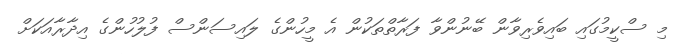
މި ސްކީމުގައި ބައިވެރިވާން ބޭނުންވާ ފަރާތްތަކުން އެ މީހުންގެ ލައިސަންސް ފުލުހުންގެ އިދާރާއަކަށް